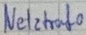
Text: Netztrafo